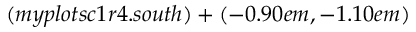
( m y p l o t s c 1 r 4 . s o u t h ) + ( - 0 . 9 0 e m , - 1 . 1 0 e m )